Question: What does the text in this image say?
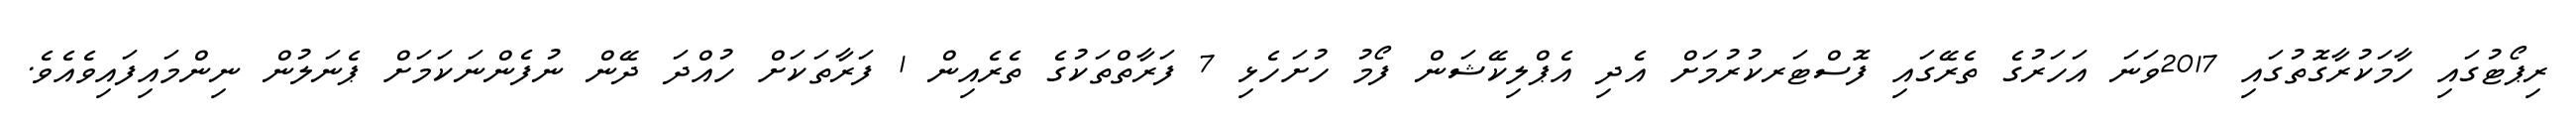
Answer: ރިޕޯޓުގައި ހާމަކުރާގޮތުގައި 2017ވަނަ އަހަރުގެ ތެރޭގައި ފޮސްޓަރކުރުމަށް އެދި އެޕްލިކޭޝަން ފޯމު ހުށަހެޅި 7 ފަރާތްތަކުގެ ތެރެއިން 1 ފަރާތަކަށް ހުއްދަ ދޭން ނުފެންނަކަމަށް ޕެނަލުން ނިންމައިފައިވެއެވެ.